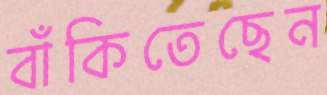
বাঁকিতেছেন